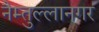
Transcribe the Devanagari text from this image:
नैम्तुल्लानगर